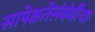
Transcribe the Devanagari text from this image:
सापेक्षतेसंबंधीचा